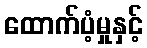
ထောက်ပံ့မှုနှင့်